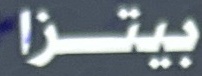
بيتزا